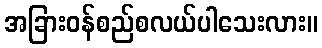
အခြားဝန်စည်စလယ်ပါသေးလား။